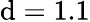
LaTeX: \mathrm{d}=1.1